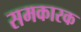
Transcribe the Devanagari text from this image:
समकारक